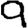
Digit: 9